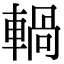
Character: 𨍋